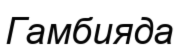
Гамбияда